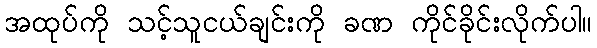
အထုပ်ကို သင့်သူငယ်ချင်းကို ခဏ ကိုင်ခိုင်းလိုက်ပါ။